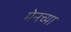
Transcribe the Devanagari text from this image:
मेनच्या